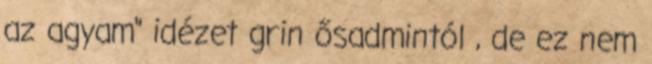
az agyam" idézet grin ősadmintól , de ez nem